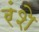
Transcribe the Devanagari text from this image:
रंशे